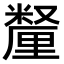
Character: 𫒄